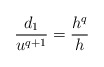
\begin{align*}\frac{d_1}{u^{q+1}} = \frac{h^q}{h}\end{align*}